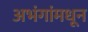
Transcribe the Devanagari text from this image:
अभंगांमधून